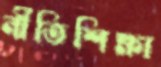
নীতিশিক্ষা